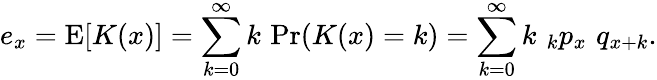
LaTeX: e_{x}=\operatorname{E}[K(x)]=\sum_{k=0}^{\infty}k\, \operatorname*{Pr}(K(x)=k)=\sum_{k=0}^{\infty}k\, \, _{k}p_{x}\, \, q_{x+k}.